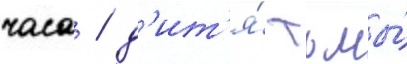
часа / д'ит'я́ тьмы́